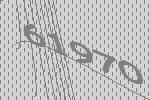
61970